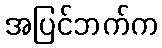
အပြင်ဘက်က